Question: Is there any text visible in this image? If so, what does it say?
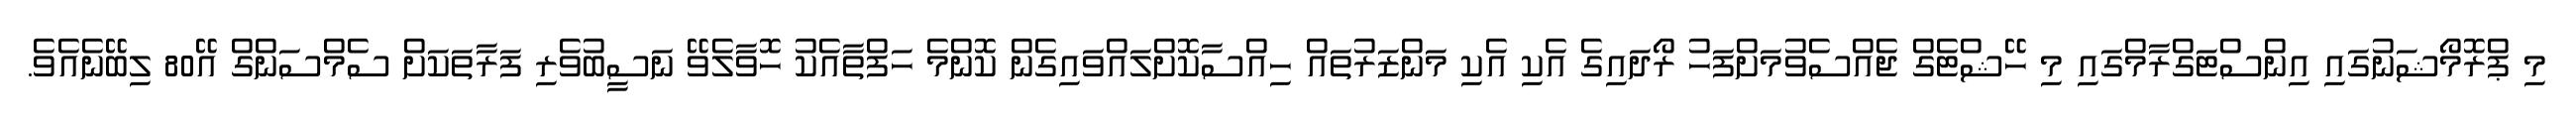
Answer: މި ޕްރޮމޯޝަނުގައި އިންސްޓަގްރާމްގައި މި ހޭޝްޓެގް ޖެއްސެވުމަށްފަހު ރޯދައިގެ އެކި އެކި މަންޒަރުތައް ހިއްސާކޮށްލައްވައިގެން ކޮންމެ ހަފްތާއެކު ހޮވާލެވޭ ނަސީބުވެރި ފަރާތަކަށް ސެމްސަންގް އޭ80 ލިބޭނެއެވެ.